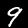
Label: 9